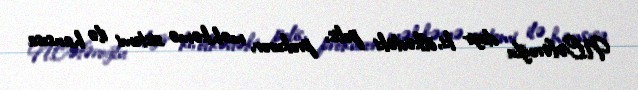
N.Cəfəroğlu deyir ki, ölkədəki polis, prokuror, məhkəmə sistemi ilə hansısa